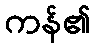
ကန်၏